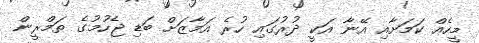
މީހެއް ކަމަށާއި އޭނާ އަކީ ދުރުގައި ހުރެ އަމާޒަށް ބަޑި ޖެހުމުގެ ތަމްރީން